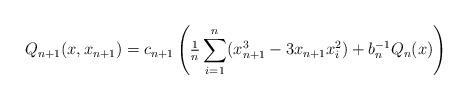
LaTeX: \begin{align*}Q_{n+1}(x, x_{n+1}) = c_{n+1}\left(\tfrac{1}{n}\sum_{i = 1}^{n}(x_{n+1}^{3} - 3x_{n+1}x_{i}^{2}) + b_{n}^{-1}Q_{n}(x)\right)\end{align*}